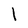
Character: l